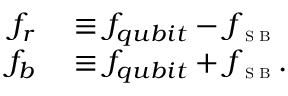
\begin{array} { r l } { f _ { r } } & { { } \equiv f _ { q u b i t } - f _ { \textsc { \tiny S B } } } \\ { f _ { b } } & { { } \equiv f _ { q u b i t } + f _ { \textsc { \tiny S B } } . } \end{array}